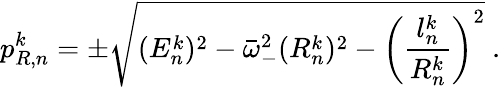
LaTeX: p_{R,n}^{k}=\pm\sqrt{(E_{n}^{k})^{2}-\bar{\omega}_{-}^{2}(R_{n}^{k})^{2}-\left(\frac{l_{n}^{k}}{R_{n}^{k}}\right)^{2}}\ .